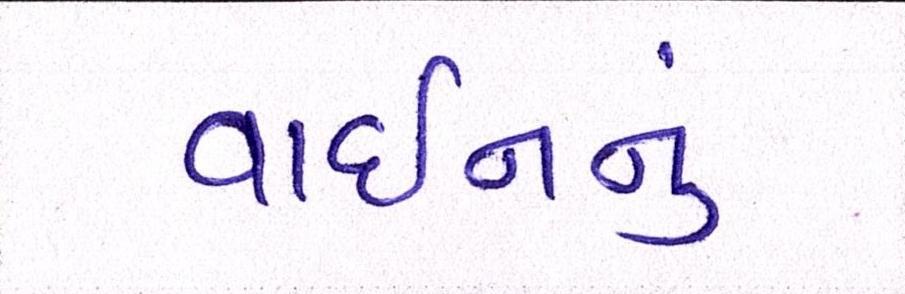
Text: વાઇનનું